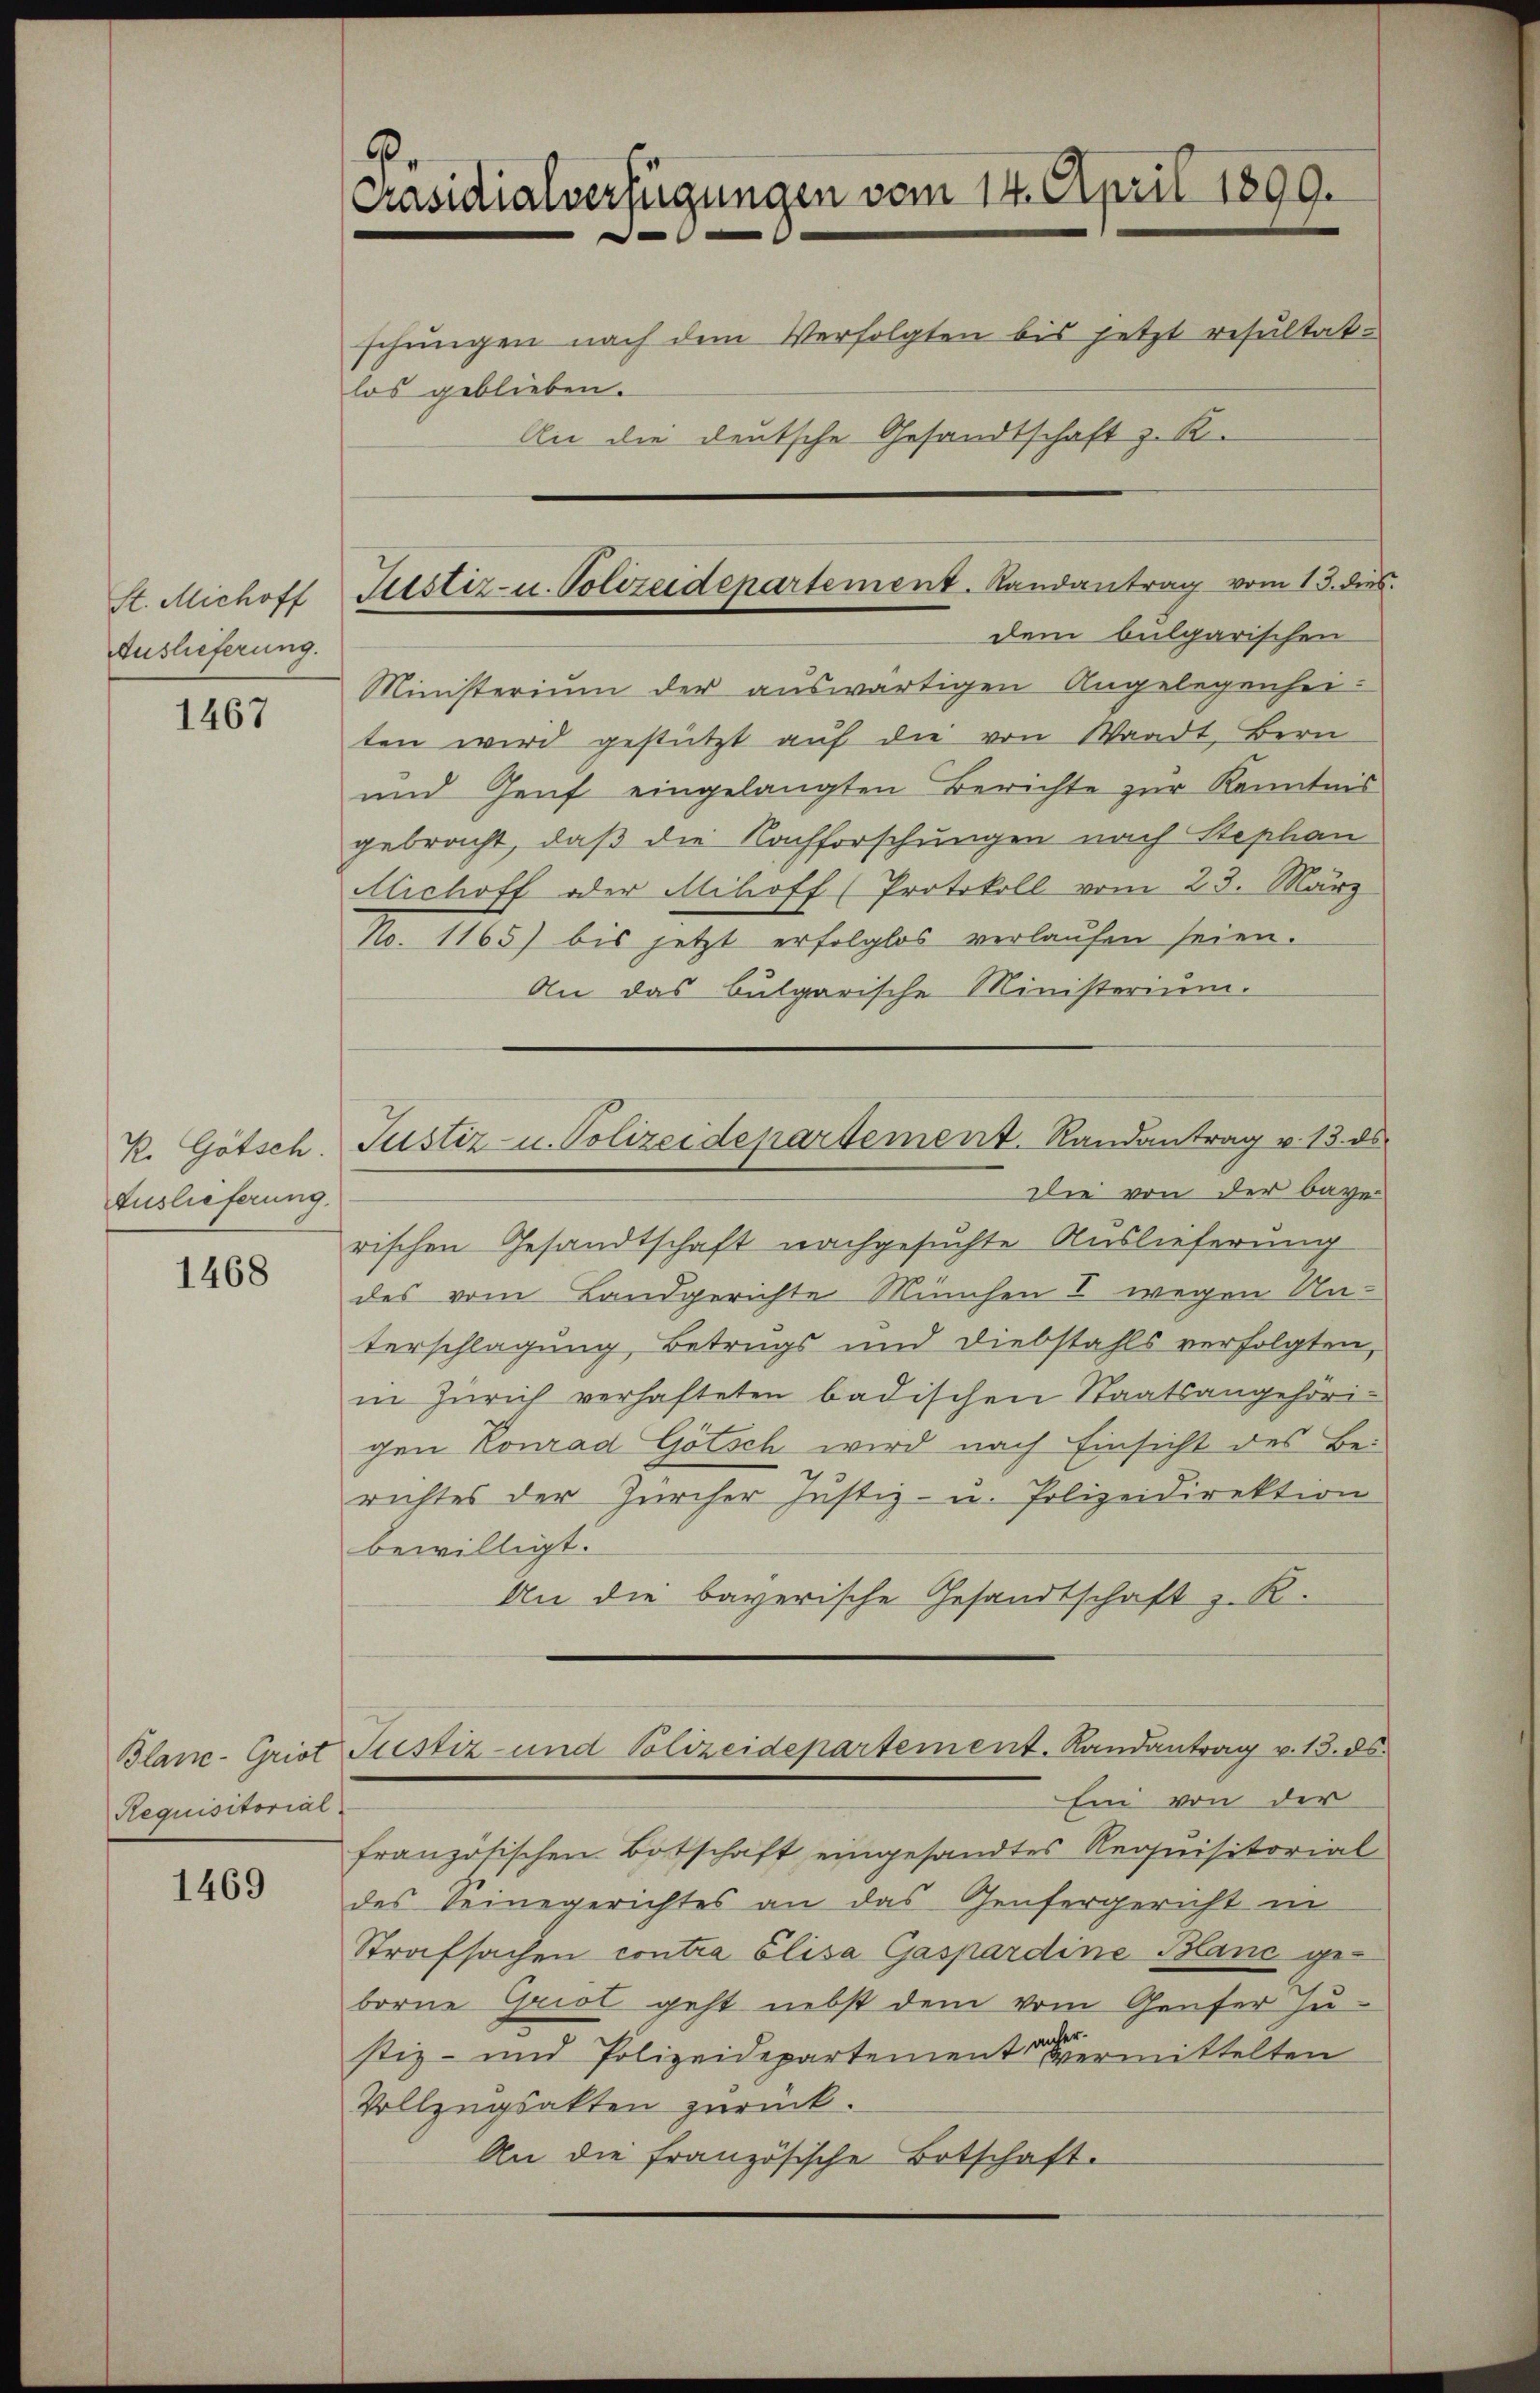
St. Michoff
Auslieferung.

1467

K. Götsch.
Auslieferung.

1468

Requisitorial

1469

.
Präsidialverfügungen vom 14. April 1899.
schŭngen nach dem Verfolgten bis jetzt resultat-
los geblieben.
An die deutsche Gesandtschaft z. R.

Ministerium der auswärtigen Angelegenheiten wird gestützt auf die von Waadt Bern
und Genf eingelangten Berichte zur Kenntnis
gebracht, daß die Nachforschungen nach Stephan
Michoff oder Alihoff (Protokoll vom 23. März
11. 1165) bis jetzt erfolglos verlaŭfen seien.
An das bulgarische Ministerium.
Die von der baye
rischen Gesandtschaft nachgesuchte Auslieferung
des vom Landgerichte München I wegen Un-
terschlagung Betrugs und Diebstahls verfolgten,
in Zürich verhafteten badischen Staatsangehörigen Konrad Götsch wird nach Einsicht des Bei
richtes der Zürcher Justiz- u. Polizeidirektion
bewilligt.
An die bayerische Gesandtschaft z. R.
Blanc-Griot Justiz- und Polizeidepartement. Landantrag v. 13. ds.
Ein von der
französischen Botschaft eingesandtes Requisitorial
des Seinegerichtes an das Genfergericht in
Strafsachen contra Elisa Gaspardine Blanc geborne Griot geht nebst dem vom Genfer Justiz- und Polizeidepartementermittelten
Vollzugsakten zurück.
An die französische Botschaft.

Justiz- u. Polizeidepartement. Randantrag vom 15. dies
dem bulgarischen

Justiz- u. Polizeidepartement. Randantrag v. 13. ds.